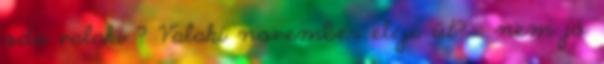
oda valaki ? Valaki november eleje út? : nem jó